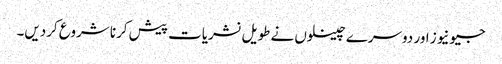
جیونیوز اور دوسرے چینلوں نے طویل نشریات پیش کرنا شروع کردیں۔